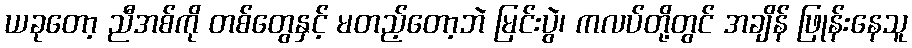
ယခုတော့ ညီအစ်ကို တစ်တွေနှင့် မတည့်တော့ဘဲ မြင်းပွဲ၊ ကလပ်တို့တွင် အချိန် ဖြုန်းနေသူ